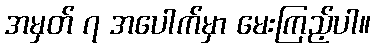
အမှတ် ၇ အပေါက်မှာ မေးကြည့်ပါ။